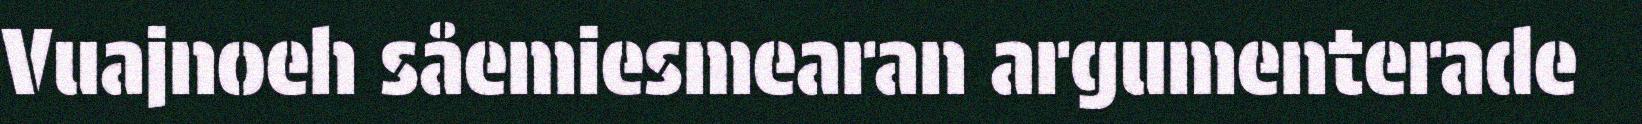
Vuajnoeh såemiesmearan argumenterade